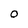
Character: 0